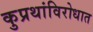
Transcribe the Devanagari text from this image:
कुप्रथांविरोधात